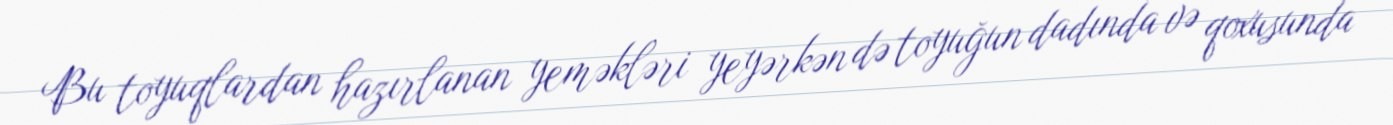
Bu toyuqlardan hazırlanan yeməkləri yeyərkən də toyuğun dadında və qoxusunda